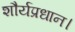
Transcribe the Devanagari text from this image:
शौर्यप्रधान।